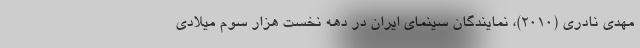
مهدی نادری (۲۰۱۰)، نمایندگان سینمای ایران در دهه نخست هزار سوم میلادی